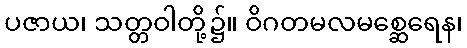
ပဇာယ၊ သတ္တဝါတို့၌။ ဝိဂတမလမစ္ဆေရေန၊